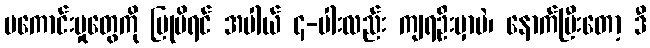
မကောင်းမှုတွေကို ပြုမိရင် အပါယ် ၄-ပါးလည်း ကျရဦးမှာပဲ၊ နောက်ပြီးတော့ ဒီ